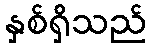
နှစ်ရှိသည်